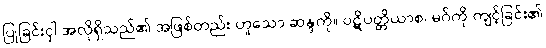
ပြုခြင်းငှါ အလိုရှိသည်၏ အဖြစ်တည်း ဟူသော ဆန္ဒကို။ ပဋိပတ္တိယာစ၊ မဂ်ကို ကျင့်ခြင်း၏